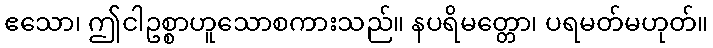
ဧသော၊ ဤငါဥစ္စာဟူသောစကားသည်။ နပရိမတ္တော၊ ပရမတ်မဟုတ်။